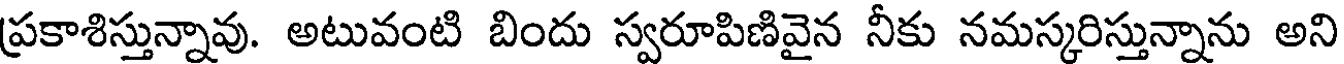
ప్రకాశిస్తున్నావు. అటువంటి బిందు స్వరూపిణివైన నీకు నమస్కరిస్తున్నాను అని